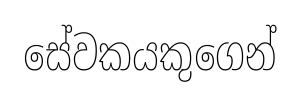
සේවකයකුගෙන්